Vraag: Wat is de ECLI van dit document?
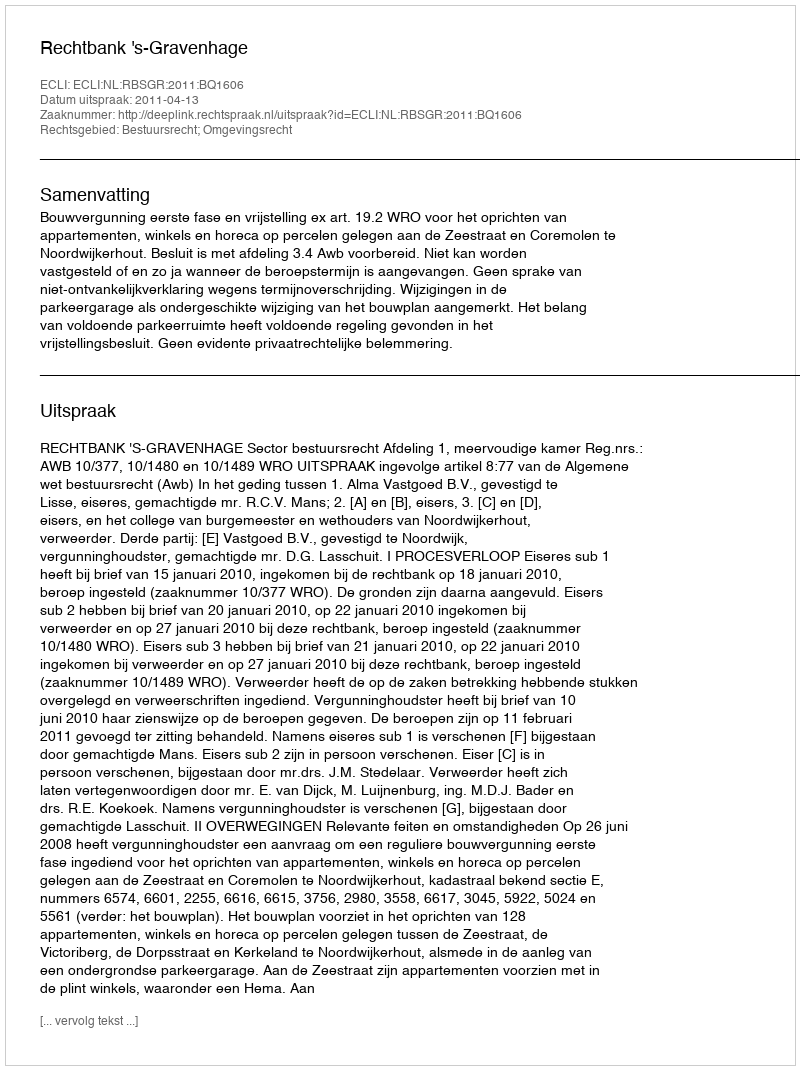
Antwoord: ECLI:NL:RBSGR:2011:BQ1606